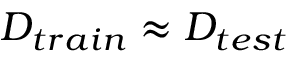
D _ { t r a i n } \approx D _ { t e s t }